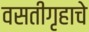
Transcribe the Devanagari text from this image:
वसतीगृहाचे